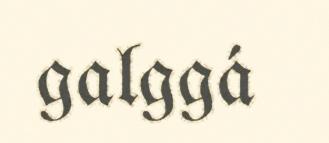
galggá